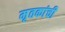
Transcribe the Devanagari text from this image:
मृतकांची